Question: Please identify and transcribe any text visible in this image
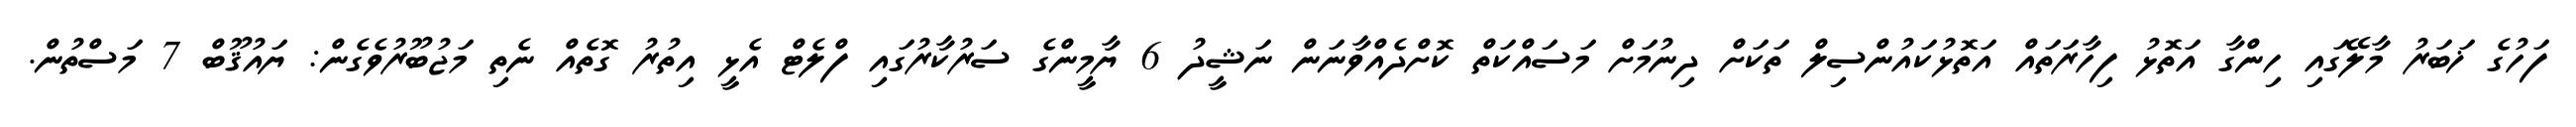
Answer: ފަހުގެ ޚަބަރު މާލޭގައި ހިންގާ އަތޮޅު ފިހާރަތައް އަތޮޅުކައުންސިލް ތަކަށް ދިނުމަށް މަސައްކަތް ކޮށްދެއްވާނަން ނަޝީދު 6 ޔާމީންގެ ސަރުކާރުގައި ފްލެޓް އެޅީ އިތުރު ގޮތެއް ނެތި މަޖުބޫރުވެގެން: ޔައުޤޫބް 7 މަސްތުން.